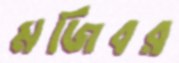
মজিবর